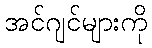
အင်ဂျင်များကို